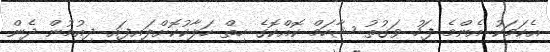
އެކަމަކު އެންމެ ފަހު ވަގުތު ޝާހަމް ކޮއްކޮގެ ހިތް ހަލާކުކޮށްލައިފައި ދިއުމުން ދެން